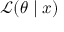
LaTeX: { \mathcal { L } } ( \theta \mid x )